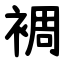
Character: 裯